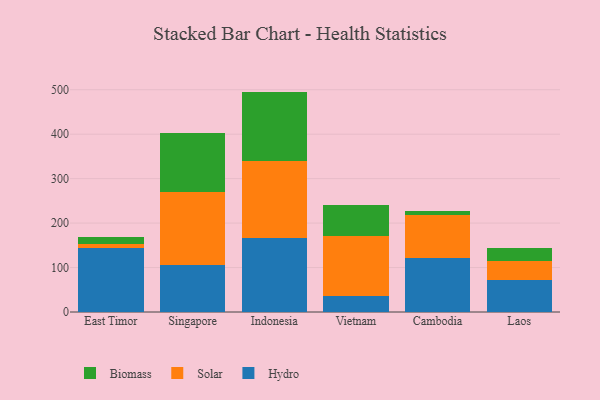
{"axis": {"x": "Country", "y": "Headcount"}, "legend": ["Biomass", "Hydro", "Solar"], "data": [{"x": "East Timor", "y": 143.8, "type": "Hydro"}, {"x": "East Timor", "y": 8.5, "type": "Solar"}, {"x": "East Timor", "y": 15.6, "type": "Biomass"}, {"x": "Singapore", "y": 106.5, "type": "Hydro"}, {"x": "Singapore", "y": 163.3, "type": "Solar"}, {"x": "Singapore", "y": 132.9, "type": "Biomass"}, {"x": "Indonesia", "y": 165.7, "type": "Hydro"}, {"x": "Indonesia", "y": 173.6, "type": "Solar"}, {"x": "Indonesia", "y": 156.5, "type": "Biomass"}, {"x": "Vietnam", "y": 35.8, "type": "Hydro"}, {"x": "Vietnam", "y": 135.6, "type": "Solar"}, {"x": "Vietnam", "y": 69.3, "type": "Biomass"}, {"x": "Cambodia", "y": 120.6, "type": "Hydro"}, {"x": "Cambodia", "y": 97.1, "type": "Solar"}, {"x": "Cambodia", "y": 9.9, "type": "Biomass"}, {"x": "Laos", "y": 71.4, "type": "Hydro"}, {"x": "Laos", "y": 43.2, "type": "Solar"}, {"x": "Laos", "y": 28.5, "type": "Biomass"}]}